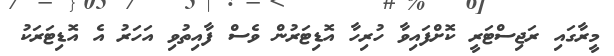
މީރާގައި ރަޖިސްޓަރީ ކޮށްފައިވާ ހުރިހާ އޮޑިޓަރުން ވެސް ފާއިތުވި އަހަރު އެ އޮޑިޓަރަކު